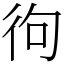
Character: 㣘